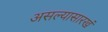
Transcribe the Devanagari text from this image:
असल्यासारखं